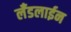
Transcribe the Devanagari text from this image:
लँडलाईन